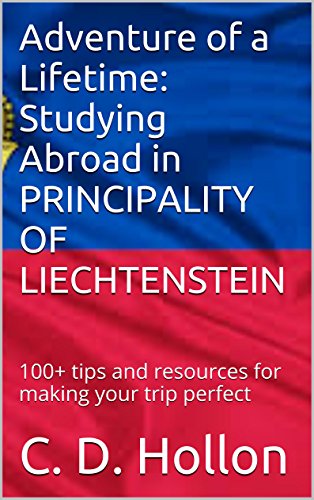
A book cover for Adventure of a Lifetime: Studying Abroad in PRINCIPALITY OF LIECHTENSTEIN: 100+ tips and resources for making your trip perfect; C. D. Hollon; Travel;